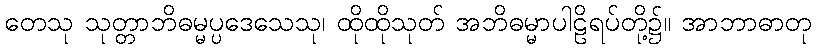
တေသု သုတ္တာဘိဓမ္မပ္ပဒေသေသု၊ ထိုထိုသုတ် အဘိဓမ္မာပါဠိရပ်တို့၌။ အာဘာဓာတု